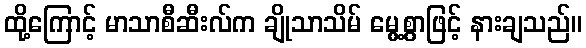
ထို့ကြောင့် မာသာစီဆီးလ်က ချိုသာသိမ် မွေ့စွာဖြင့် နားချသည်။